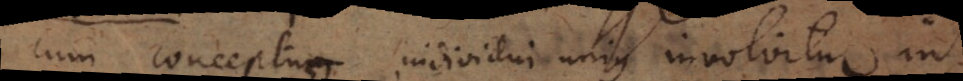
cum conceptus individui unius involvitur in